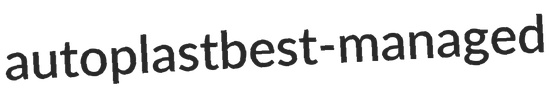
autoplast best-managed